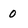
Character: 0